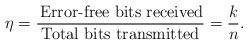
LaTeX: \begin{align*}\eta=\frac{\mbox{\,Error-free bits received}}{\mbox{Total bits transmitted}}=\dfrac{k}{n}.\end{align*}